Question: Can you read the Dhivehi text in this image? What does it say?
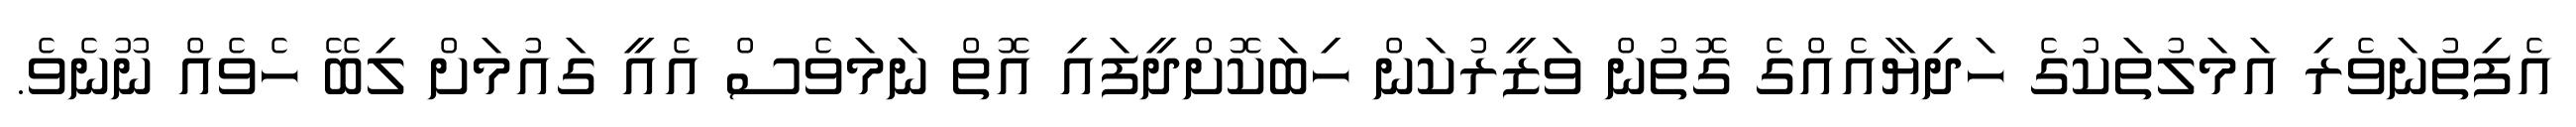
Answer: އެފިތުނަވެރި އަމަލުތަކުގެ ހަދިޔާއެއްގެ ގޮތުން ވަޒީރުކަން ހިބަކޮށްދީފައި އޮތް ނަމަވެސް އެއީ ގައުމަށް ލިބޭ ހެވެއް ނޫނެވެ.